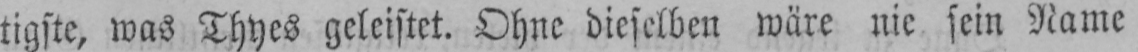
tigste, was Thyes geleistet. Ohne dieselben wäre nie sein Name